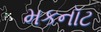
મકનૉટ